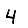
Digit: 4